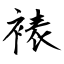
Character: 裱